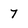
Character: 7